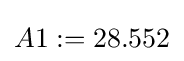
A1:=28.552